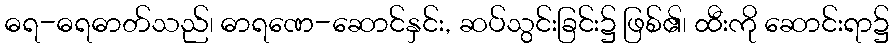
ဓရ-ဓရဓာတ်သည်၊ ဓာရဏေ-ဆောင်နှင်း, ဆပ်သွင်းခြင်း၌ ဖြစ်၏၊ ထီးကို ဆောင်းရာ၌